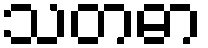
သတဓာ